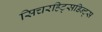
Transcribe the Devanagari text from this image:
सिचरहिट्सडिन्ट्स